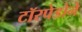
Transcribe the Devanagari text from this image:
टॉरपेडोने